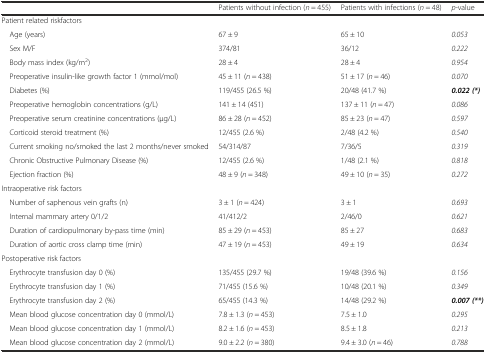
<table><thead><tr><td></td><td><b>Patients without infection (<i>n</i> = 455)</b></td><td><b>Patients with infections (<i>n</i> = 48)</b></td><td><b><i>p</i>-value</b></td></tr></thead><tbody><tr><td colspan="4">Patient related riskfactors</td></tr><tr><td> Age (years)</td><td>67 ± 9</td><td>65 ± 10</td><td><i>0.053</i></td></tr><tr><td> Sex M/F</td><td>374/81</td><td>36/12</td><td><i>0.222</i></td></tr><tr><td> Body mass index (kg/m<sup>2</sup>)</td><td>28 ± 4</td><td>28 ± 4</td><td><i>0.954</i></td></tr><tr><td> Preoperative insulin-like growth factor 1 (mmol/mol)</td><td>45 ± 11 (<i>n</i> = 438)</td><td>51 ± 17 (<i>n</i> = 46)</td><td><i>0.070</i></td></tr><tr><td> Diabetes (%)</td><td>119/455 (26.5 %)</td><td>20/48 (41.7 %)</td><td><b><i>0.022 (*)</i></b></td></tr><tr><td> Preoperative hemoglobin concentrations (g/L)</td><td>141 ± 14 (451)</td><td>137 ± 11 (<i>n</i> = 47)</td><td><i>0.086</i></td></tr><tr><td> Preoperative serum creatinine concentrations (μg/L)</td><td>86 ± 28 (<i>n</i> = 452)</td><td>85 ± 23 (<i>n</i> = 47)</td><td><i>0.597</i></td></tr><tr><td> Corticoid steroid treatment (%)</td><td>12/455 (2.6 %)</td><td>2/48 (4.2 %)</td><td><i>0.540</i></td></tr><tr><td> Current smoking no/smoked the last 2 months/never smoked</td><td>54/314/87</td><td>7/36/5</td><td><i>0.319</i></td></tr><tr><td> Chronic Obstructive Pulmonary Disease (%)</td><td>12/455 (2.6 %)</td><td>1/48 (2.1 %)</td><td><i>0.818</i></td></tr><tr><td> Ejection fraction (%)</td><td>48 ± 9 (<i>n</i> = 348)</td><td>49 ± 10 (<i>n</i> = 35)</td><td><i>0.272</i></td></tr><tr><td colspan="4">Intraoperative risk factors</td></tr><tr><td> Number of saphenous vein grafts (n)</td><td>3 ± 1 (<i>n</i> = 424)</td><td>3 ± 1</td><td><i>0.693</i></td></tr><tr><td> Internal mammary artery 0/1/2</td><td>41/412/2</td><td>2/46/0</td><td><i>0.621</i></td></tr><tr><td> Duration of cardiopulmonary by-pass time (min)</td><td>85 ± 29 (<i>n</i> = 453)</td><td>85 ± 27</td><td><i>0.683</i></td></tr><tr><td> Duration of aortic cross clamp time (min)</td><td>47 ± 19 (<i>n</i> = 453)</td><td>49 ± 19</td><td><i>0.634</i></td></tr><tr><td colspan="4">Postoperative risk factors</td></tr><tr><td> Erythrocyte transfusion day 0 (%)</td><td>135/455 (29.7 %)</td><td>19/48 (39.6 %)</td><td><i>0.156</i></td></tr><tr><td> Erythrocyte transfusion day 1 (%)</td><td>71/455 (15.6 %)</td><td>10/48 (20.1 %)</td><td><i>0.349</i></td></tr><tr><td> Erythrocyte transfusion day 2 (%)</td><td>65/455 (14.3 %)</td><td>14/48 (29.2 %)</td><td><b><i>0.007 (**)</i></b></td></tr><tr><td> Mean blood glucose concentration day 0 (mmol/L)</td><td>7.8 ± 1.3 (<i>n</i> = 453)</td><td>7.5 ± 1.0</td><td><i>0.295</i></td></tr><tr><td> Mean blood glucose concentration day 1 (mmol/L)</td><td>8.2 ± 1.6 (<i>n</i> = 453)</td><td>8.5 ± 1.8</td><td><i>0.213</i></td></tr><tr><td> Mean blood glucose concentration day 2 (mmol/L)</td><td>9.0 ± 2.2 (<i>n</i> = 380)</td><td>9.4 ± 3.0 (<i>n</i> = 46)</td><td><i>0.788</i></td></tr></tbody></table>